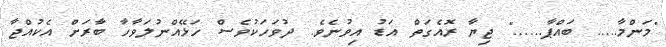
"މަންމާ..... ބައްޕާ......" ޖިޔާ ރޮއެގަތް އަޑު އިވުނެވެ. ދުވަހަކުވެސް ހަޅޭއްނުލަވާހާ ބާރަށް އެކުއްޖާ